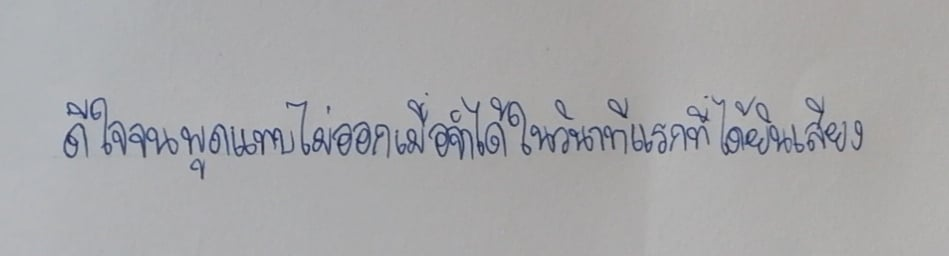
ดีใจจนพูดแทบไม่ออกเมื่อจำได้ในวินาทีแรกที่ได้ยินเสียง